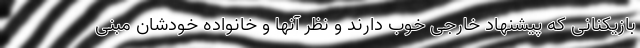
بازیکنانی که پیشنهاد خارجی خوب دارند و نظر آنها و خانواده خودشان مبنی